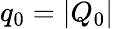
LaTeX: q_{0}=|Q_{0}|